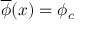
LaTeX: \overline { { { \phi } } } ( x ) = \phi _ { c }